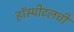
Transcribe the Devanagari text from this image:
हॉस्पीटलची